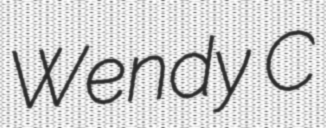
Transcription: Wendy C